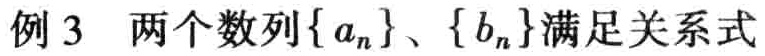
例3 两个数列\(\{ a_{n}\}\)、\(\{ b_{n}\}\)满足关系式